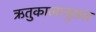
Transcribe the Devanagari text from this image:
ऋतुकालानुसार